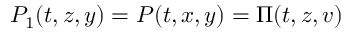
P _ { 1 } ( t , z , y ) = P ( t , x , y ) = \Pi ( t , z , v )